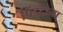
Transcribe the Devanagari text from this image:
पिंडदाना